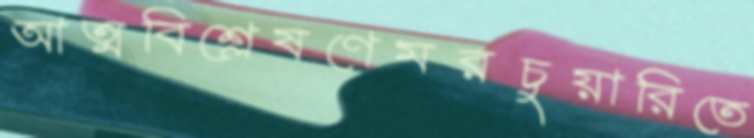
আত্মবিশ্লেষণেমরচুয়ারিতে